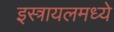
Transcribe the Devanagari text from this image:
इस्त्रायलमध्ये